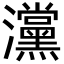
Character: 灙